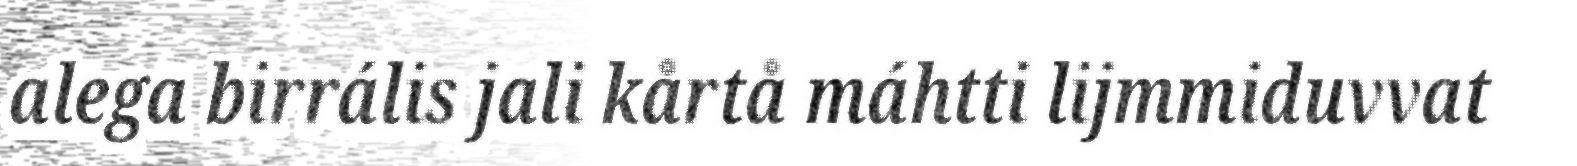
alega birrális jali kårtå máhtti lijmmiduvvat